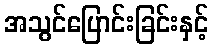
အသွင်ပြောင်းခြင်းနှင့်